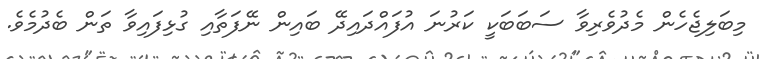
މިބަލިޖެހެން މެދުވެރިވާ ސަބަބަކީ ކަރުނަ އުފައްދައިދޭ ބައިން ނޭފަތާއި ގުޅިފައިވާ ތަން ބެދުމެވެ.